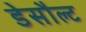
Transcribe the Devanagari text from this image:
डेसौल्ट